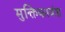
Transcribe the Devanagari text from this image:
मुक्तिकावंश